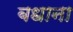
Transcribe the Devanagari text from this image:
बधाना